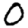
Digit: 0